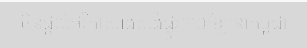
ចិនផ្តល់ថវិកាសាងសង់ផ្លូវ៣០ខ្សែនៅកម្ពុជា